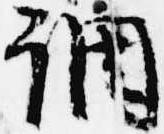
調